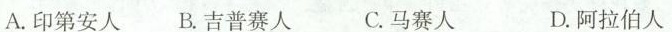
A.印第安人 B.吉普赛人 C.马赛人 D.阿拉伯人